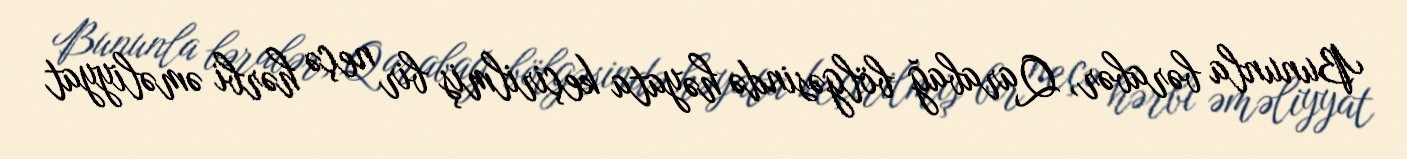
Bununla bərabər, Qarabağ bölgəsində həyata keçirilmiş bir neçə hərbi əməliyyat